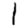
Digit: 1